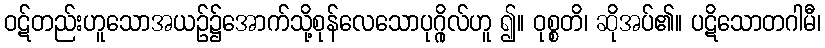
ဝဋ်တည်းဟူသောအယဉ်၌အောက်သို့စုန်လေသောပုဂ္ဂိုလ်ဟူ ၍။ ဝုစ္စတိ၊ ဆိုအပ်၏။ ပဋိသောတဂါမီ၊